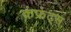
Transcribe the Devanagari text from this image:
कंफ्रंट्स